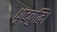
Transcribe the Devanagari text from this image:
धृष्ट्बुद्धि।